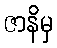
ဇာနိမှ